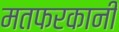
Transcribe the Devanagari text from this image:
मतफरकानी